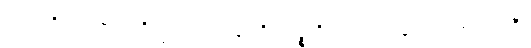
ဟောတိ၊ ဖြစ်၏။ ဘိက္ခဝေ၊ ရဟန်းတို့။ ပဉ္စဟိ၊ ငါးပါးကုန်သော။ စက္ကဝတ္တီ၊